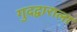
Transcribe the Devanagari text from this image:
गुदद्वाराला